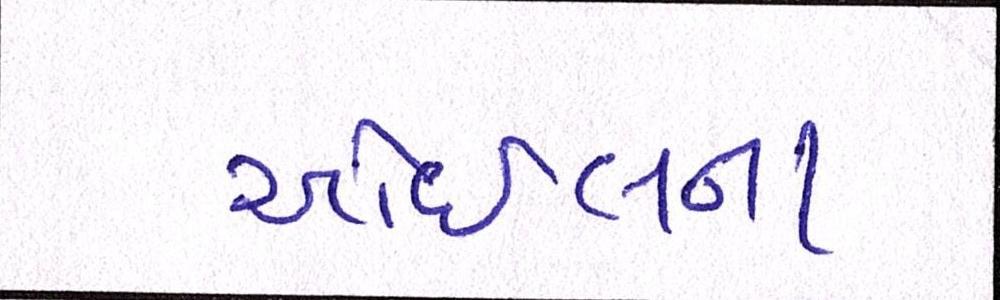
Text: ઓઇલના